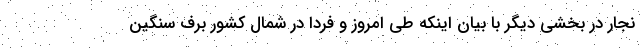
نجار در بخشی دیگر با بیان اینکه طی امروز و فردا در شمال کشور برف سنگین